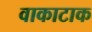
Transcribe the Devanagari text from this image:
वाकाटाक